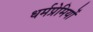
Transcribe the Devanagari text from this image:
धर्मप्रेमियों